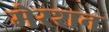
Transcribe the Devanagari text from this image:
मेरशन